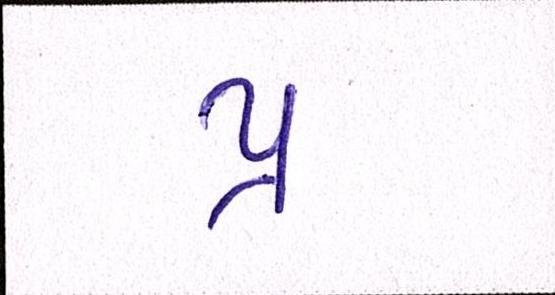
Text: પ્ર